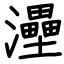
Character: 灅